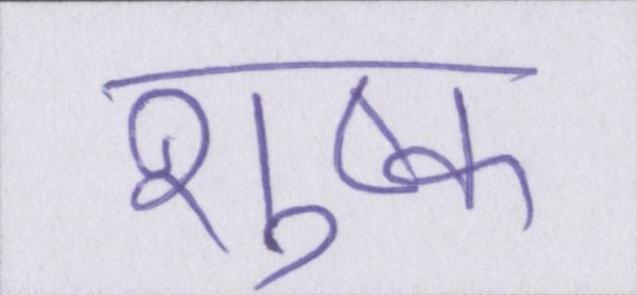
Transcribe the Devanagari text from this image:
शुष्क